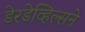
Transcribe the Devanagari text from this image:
डेरडेव्हिल्सने